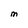
Character: M